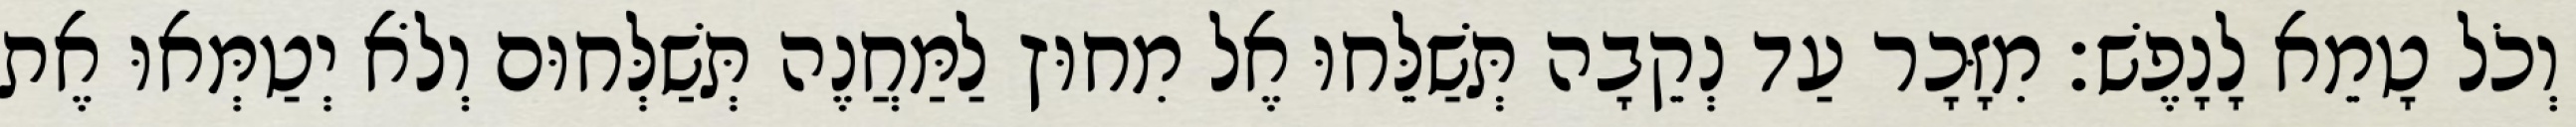
וְכֹל טָמֵא לָנָפֶשׁ׃ מִזָּכָר עַד נְקֵבָה תְּשַׁלֵּחוּ אֶל מִחוּץ לַמַּחֲנֶה תְּשַׁלְּחוּם וְלֹא יְטַמְּאוּ אֶת